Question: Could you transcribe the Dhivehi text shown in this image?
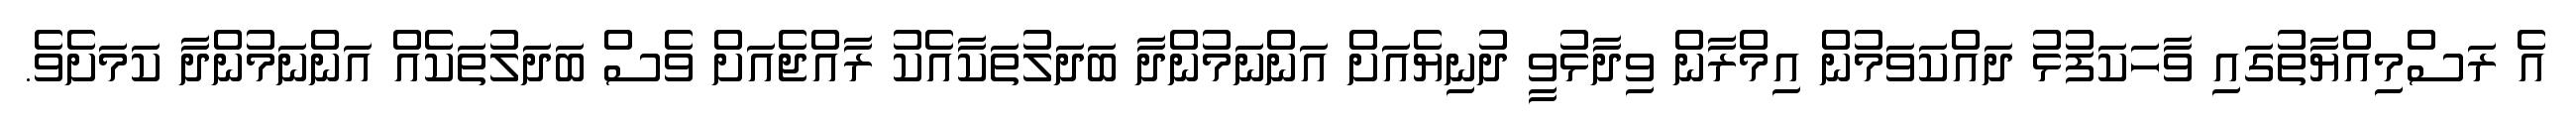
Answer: އެ ރަސްމިއްޔާތުގައި ވާހަކަފުޅު ދައްކަވަމުން އިމްރާން ވިދާޅުވީ ދުނިޔެއަށް އަންނަމުންދާ ބަދަލުތަކާއެކު ރާއްޖެއަށް ވެސް ބަދަލުތަކެއް އަންނަމުންދާ ކަމަށެވެ.